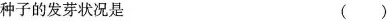
种子的发芽状况是 ()